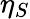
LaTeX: \eta_{S}